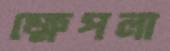
ক্ষেপলা